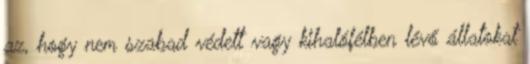
az, hogy nem szabad védett vagy kihalófélben lévő állatokat